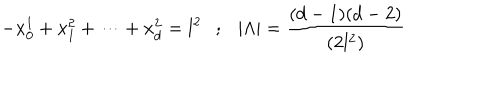
LaTeX: - x _ { 0 } ^ { 1 } + x _ { 1 } ^ { 2 } + \cdots + x _ { d } ^ { 2 } = l ^ { 2 } ; | \Lambda | = { \frac { ( d - 1 ) ( d - 2 ) } { ( 2 l ^ { 2 } ) } }